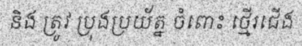
និង ត្រូវ ប្រុងប្រយ័ត្ន ចំពោះ ថ្មើរជើង